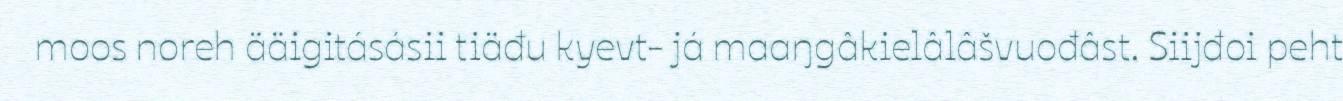
moos noreh ääigitásásii tiäđu kyevt- já maaŋgâkielâlâšvuođâst. Siijđoi peht